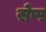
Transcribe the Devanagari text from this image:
सेप्प